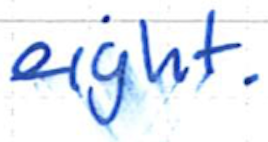
Text: eight.
Cross-out: clean
Writing tool: ballpoint